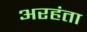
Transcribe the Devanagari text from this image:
अरहंता